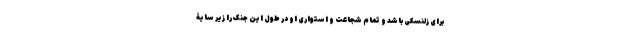
برای زلنسکی باشد و تمام شجاعت و استواری او در طول این جنگ را زیر سایۀ